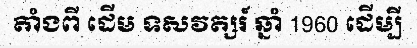
តាំងពី ដើម ទសវត្សរ៍ ឆ្នាំ 1960 ដើម្បី